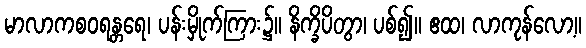
မာလာကစဝရန္တရေ၊ ပန်းမှိုက်ကြား၌။ နိက္ခိပိတွာ၊ ပစ်၍။ ဧထ၊ လာကုန်လော့။